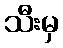
သီးမှ